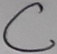
Text: C